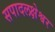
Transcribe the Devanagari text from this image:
सपादलक्षेश्वर